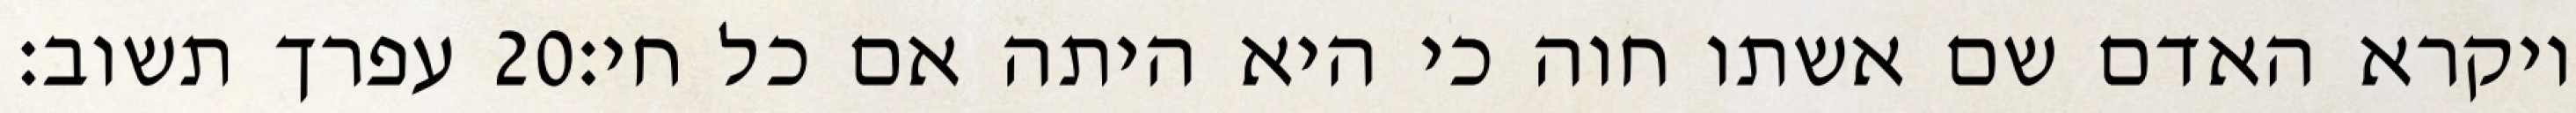
עפרך תשוב׃ ‎20‏ ויקרא האדם שם אשתו חוה כי היא היתה אם כל חי׃